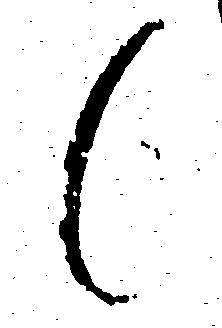
候